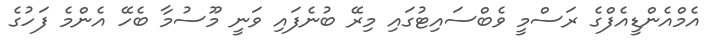
އެމްއެންޑީއެފްގެ ރަސްމީ ވެބްސައިޓުގައި މިރޭ ބުނެފައި ވަނީ މޫސުމާ ބެހޭ އެންމެ ފަހުގެ